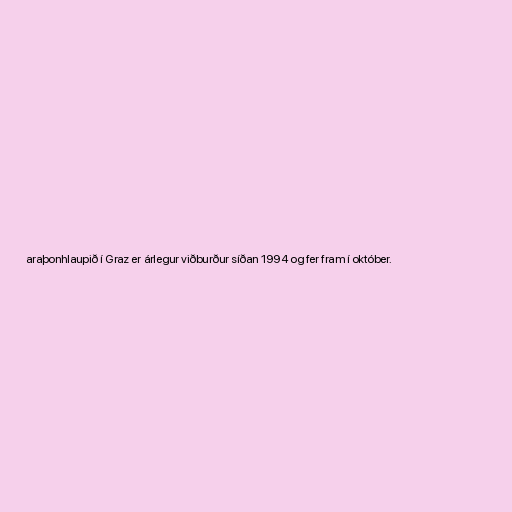
araþonhlaupið í Graz er árlegur viðburður síðan 1994 og fer fram í október.